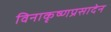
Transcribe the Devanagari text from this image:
विनाकृष्णप्रसादेन